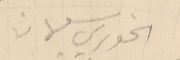
الخوري سليمان